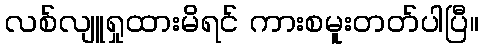
လစ်လျူရှုထားမိရင် ကားစမူးတတ်ပါပြီ။